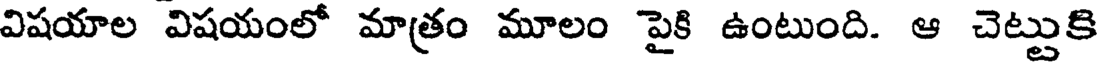
విషయాల విషయంలో మాత్రం మూలం పైకి ఉంటుంది. ఆ చెట్టుకి